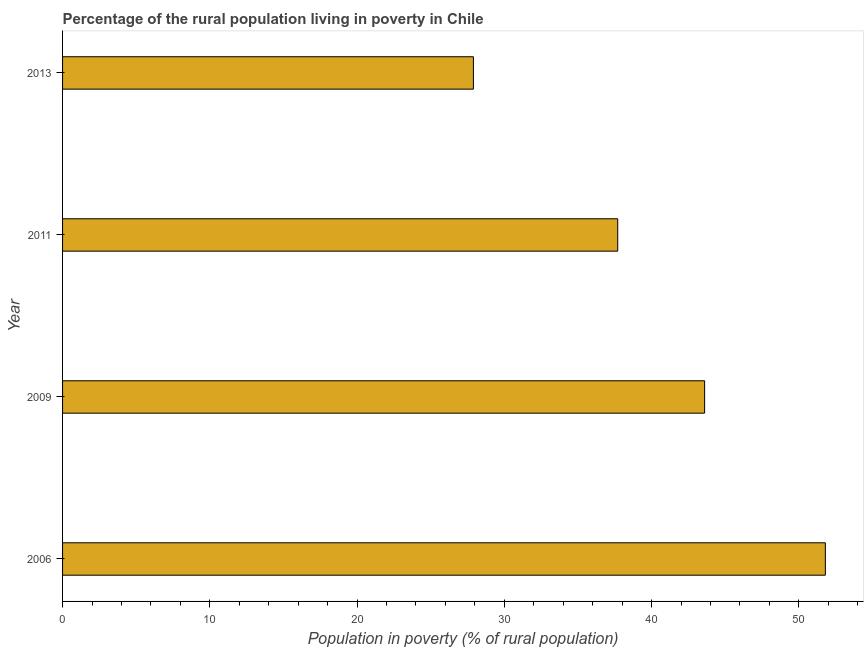
| Year | Rural poverty headcount ratio |
 | --- | --- |
 | 2006 | 51.8 |
 | 2009 | 43.6 |
 | 2011 | 37.7 |
 | 2013 | 27.9 |